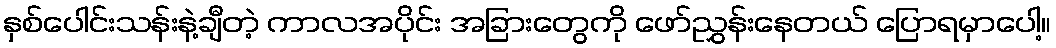
နှစ်ပေါင်းသန်းနဲ့ချီတဲ့ ကာလအပိုင်း အခြားတွေကို ဖော်ညွှန်းနေတယ် ပြောရမှာပေါ့။